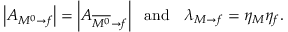
\left| A _ { M ^ { 0 } \rightarrow f } \right| = \left| A _ { \overline { { { M ^ { 0 } } } } \rightarrow f } \right| \ \ \mathrm { a n d ~ } \ \ \lambda _ { M \rightarrow f } = \eta _ { M } \eta _ { f } .